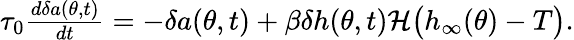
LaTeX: \begin{array}{r}{\tau_{0}\frac{d\delta a(\theta,t)}{dt}=-\delta a(\theta,t)+\beta\delta h(\theta,t)\mathcal{H}\big(h_{\infty}(\theta)-T\big).}\end{array}